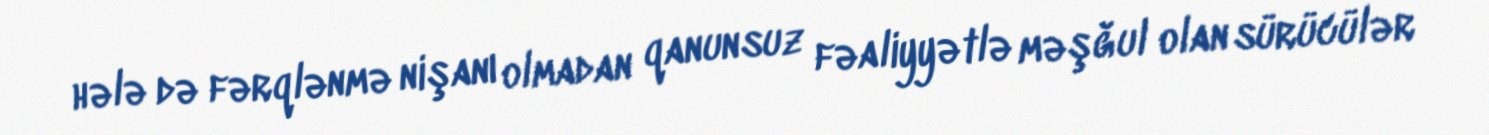
hələ də fərqlənmə nişanı olmadan qanunsuz fəaliyyətlə məşğul olan sürücülər